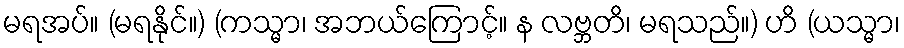
မရအပ်။ (မရနိုင်။) (ကသ္မာ၊ အဘယ်ကြောင့်။ န လဗ္ဘတိ၊ မရသည်။) ဟိ (ယသ္မာ၊